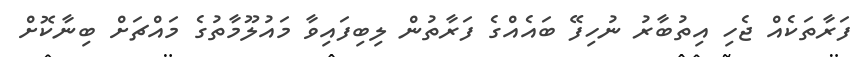
ފަރާތަކެއް ޖެހި އިތުބާރު ނުހިފޭ ބައެއްގެ ފަރާތުން ލިބިފައިވާ މައުލޫމާތުގެ މައްޗަށް ބިނާކޮށް